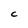
Character: C